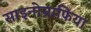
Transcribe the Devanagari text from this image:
साइनोग्राफिया